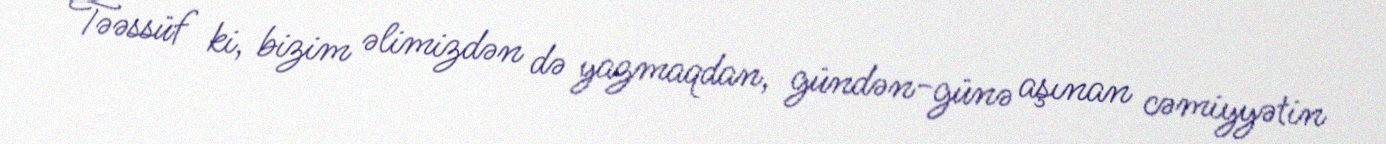
Təəssüf ki, bizim əlimizdən də yazmaqdan, gündən-günə aşınan cəmiyyətin